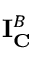
\mathbf { I } _ { \mathbf { C } } ^ { B }